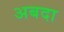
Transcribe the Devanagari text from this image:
अबदा